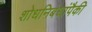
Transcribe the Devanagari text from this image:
शोधनिबंधांपैकी